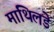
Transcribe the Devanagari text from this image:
माथिलडे